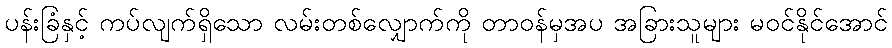
ပန်းခြံနှင့် ကပ်လျက်ရှိသော လမ်းတစ်လျှောက်ကို တာဝန်မှအပ အခြားသူများ မဝင်နိုင်အောင်